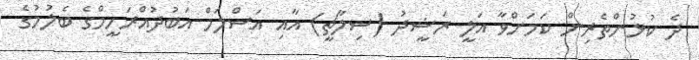
ދެ ކުޅުންތެރިން ކަމަށްވާ އަލީ ރަޝީދު (ސިލާޗީ) އާއި އަސްލަމް އަބުދުއްރަހީމްގެ ބެލުމުގެ